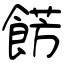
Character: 餝